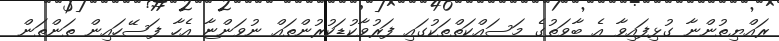
ރައްޔިތުންނާ ގުޅިފައިވާ އެ ބާވަތުގެ މަސައްކަތްތަކުގައި ފަރުވާކުޑަކުރުންތައް ނުވަންޏާ އެހާ ފަސޭހައިން ތަންތަން